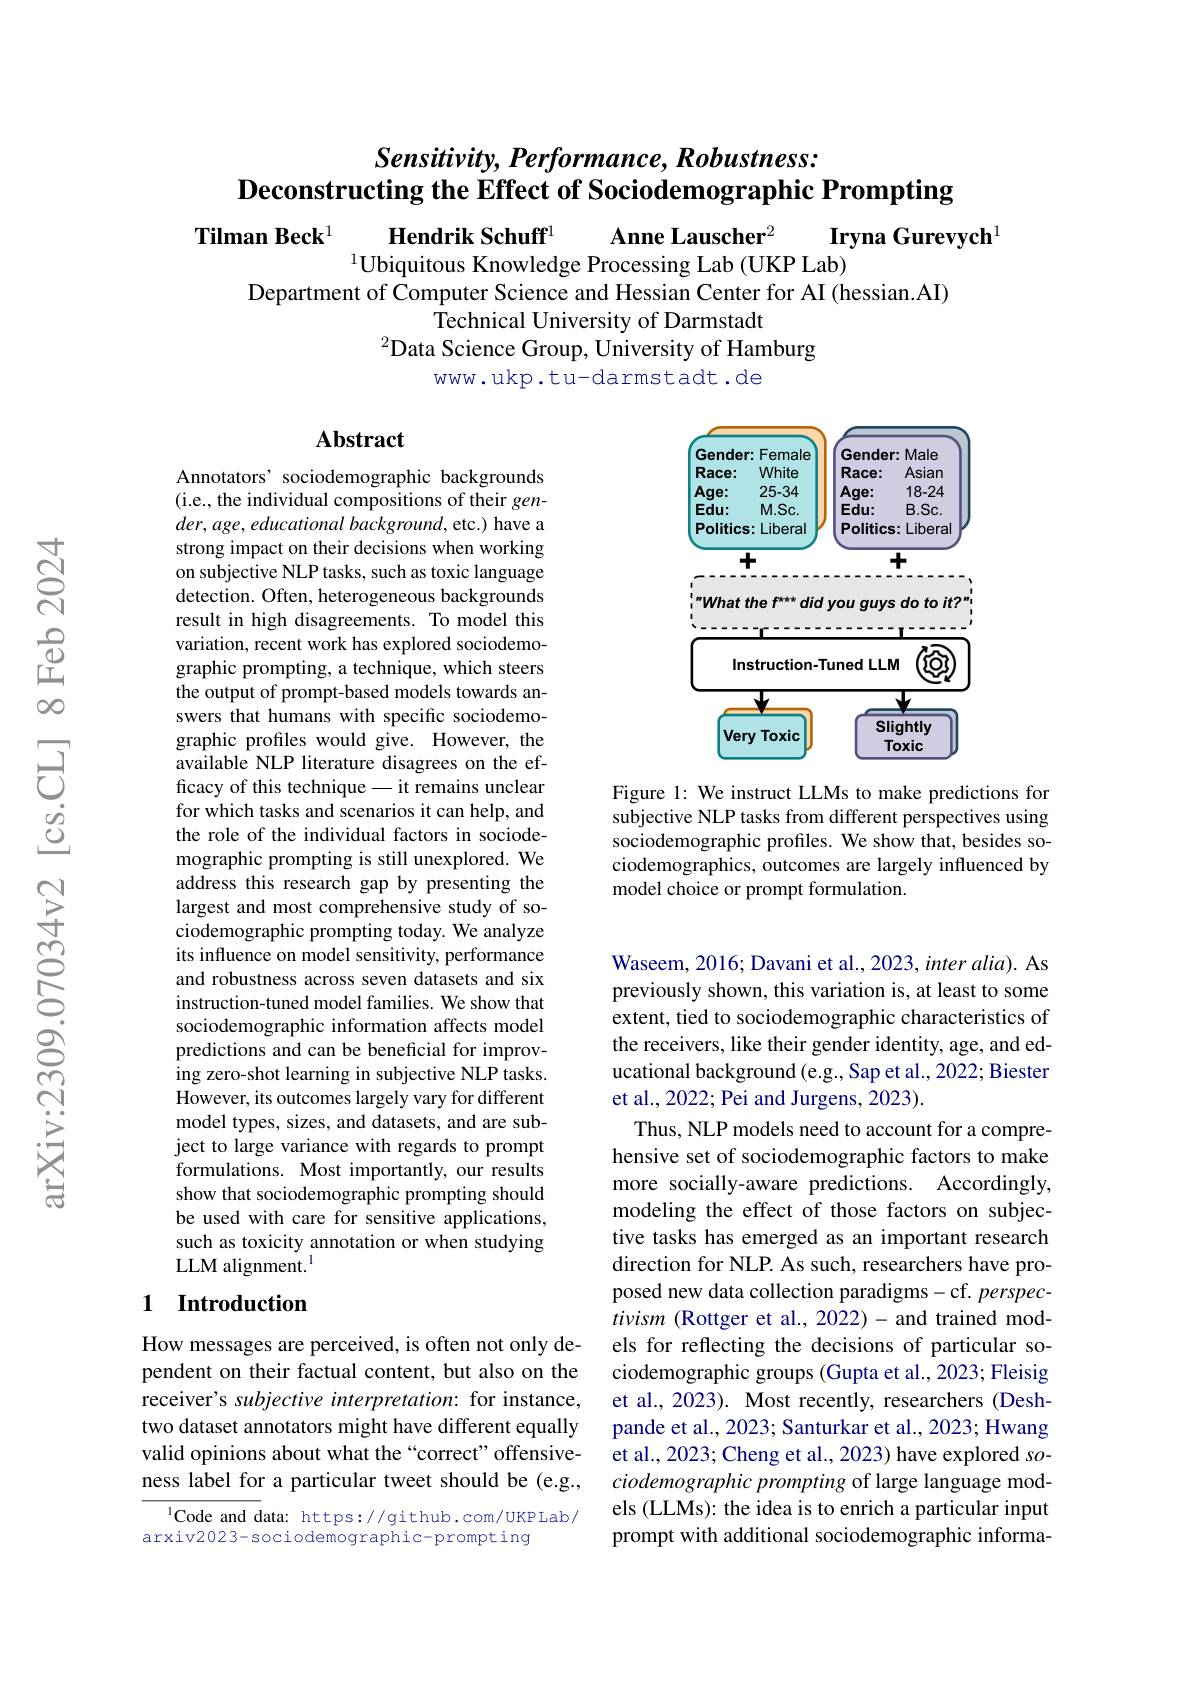
# Sensitivity, Performance, Robustness: Deconstructing the Effect of Sociodemographic Prompting

Tilman Beck$^{1}$ Hendrik Schuff$^{1}\textbf{Anne Lauscher}^{2}\textbf{Iryna Gurevych}^{1}$
Department of Computer Science and Hessian Center for AI (hessian.AI)
Technical University of Darmstadt
$^{2}$Data Science Group, University of Hamburg
www.ukp.tu-darmstadt.de

### $\mathbf{Abstract}$

<FigureHere>

Figure 1: We instruct LLMs to make predictions for subjective NLP tasks from different perspectives using sociodemographic profiles. We show that, besides sociodemographics, outcomes are largely influenced by model choice or prompt formulation.

Annotators' sociodemographic backgrounds (i.e., the individual compositions of their gen- $der,age,educational$ background, etc.) have a strong impact on their decisions when working on subjective NLP tasks, such as toxic language detection. Often, heterogeneous backgrounds result in high disagreements. To model this variation, recent work has explored sociodemographic prompting, a technique, which steers the output of prompt-based models towards answers that humans with specific sociodemographic profiles would give. However, the available NLP literature disagrees on the efficacy of this technique\_it remains unclear for which tasks and scenarios it can help, and the role of the individual factors in sociodemographic prompting is still unexplored. We address this research gap by presenting the largest and most comprehensive study of sociodemographic prompting today. We analyze its influence on model sensitivity, performance and robustness across seven datasets and six instruction-tuned model families. We show that sociodemographic information affects model predictions and can be beneficial for improving zero-shot learning in subjective NLP tasks. However, its outcomes largely vary for different model types, sizes, and datasets, and are subject to large variance with regards to prompt formulations. Most importantly, our results show that sociodemographic prompting should be used with care for sensitive applications, such as toxicity annotation or when studying LLM alignment.

Waseem, 2016; Davani et al., 2023, inter alia). As previously shown, this variation is, at least to some extent, tied to sociodemographic characteristics of the receivers, like their gender identity, age, and educational background (e.g., Sap et al., 2022; Biester et al., 2022; Pei and Jurgens, 2023).
Thus, NLP models need to account for a comprehensive set of sociodemographic factors to make more socially-aware predictions. Accordingly, modeling the effect of those factors on subjective tasks has emerged as an important research direction for NLP. As such, researchers have proposed new data collection paradigms-cf. perspectivism (Rottger et al., 2022)-and trained models for reflecting the decisions of particular sociodemographic groups (Gupta et al., 2023; Fleisig et al., 2023). Most recently, researchers (Deshpande et al., 2023; Santurkar et al., 2023; Hwang et al., 2023; Cheng et al., 2023) have explored sociodemographic prompting of large language models (LLMs): the idea is to enrich a particular input prompt with additional sociodemographic informa-

## 1 Introduction

How messages are perceived, is often not only dependent on their factual content, but also on the receiver's subjective interpretation: for instance, two dataset annotators might have different equally valid opinions about what the “correct”offensiveness label for a particular tweet should be (e.g.,

$^{1}$Code and data: https://github.com/UKPLab/
arxiv2023-sociodemographic-prompting